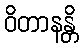
ဝိတာနန္တိ